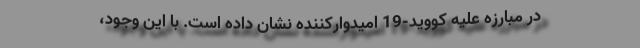
در مبارزه علیه کووید-19 امیدوارکننده نشان داده است. با این وجود،